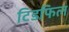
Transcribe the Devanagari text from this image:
टिडफिल